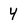
Character: 4